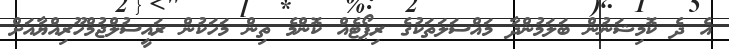
އެ ދެ ކޮމިޝަނުން ބަލަމުންދާ މައްސަލަތަކުގެ ރިޕޯޓެއް ކޮންމެ ތިން މަހަކުން ރައީސުލްޖުމްހޫރިއްޔާއަށް